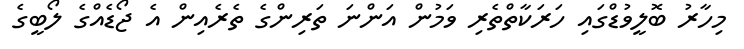
މިހާރު ބޮލީވުޑްގައި ހަރަކާތްތެރި ވަމުން އަންނަ ތަރިންގެ ތެރެއިން އެ ޖޯޑެއްގެ ލޯބީގެ